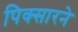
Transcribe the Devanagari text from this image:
पिक्सारने